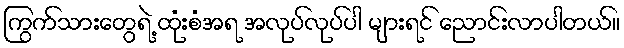
ကြွက်သားတွေရဲ့ ထုံးစံအရ အလုပ်လုပ်ပါ များရင် ညောင်းလာပါတယ်။